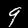
Label: 9